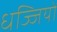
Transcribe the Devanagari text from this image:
धज्जियों